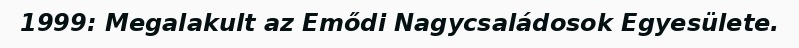
1999: Megalakult az Emődi Nagycsaládosok Egyesülete.